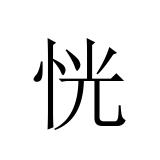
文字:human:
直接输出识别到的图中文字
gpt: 恍